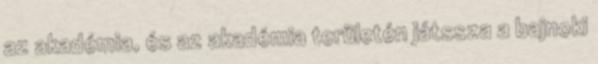
az akadémia, és az akadémia területén játssza a bajnoki